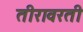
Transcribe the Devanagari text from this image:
तीरावरती